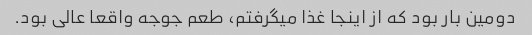
دومین بار بود که از اینجا غذا میگرفتم، طعم جوجه واقعا عالی بود.